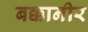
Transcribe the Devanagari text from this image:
बक्कानीर